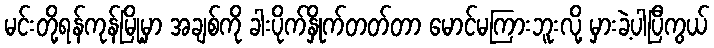
မင်းတို့ရန်ကုန်မြို့မှာ အချစ်ကို ခါးပိုက်နှိုက်တတ်တာ မောင်မကြားဘူးလို့ မှားခဲ့ပါပြီကွယ်